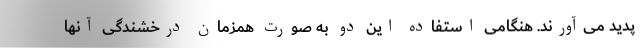
پدید می‌آورند. هنگامی استفاده این دو به صورت همزمان درخشندگی آنها